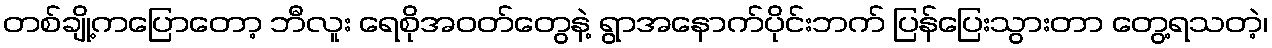
တစ်ချို့ကပြောတော့ ဘီလူး ရေစိုအဝတ်တွေနဲ့ ရွာအနောက်ပိုင်းဘက် ပြန်ပြေးသွားတာ တွေ့ရသတဲ့၊